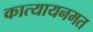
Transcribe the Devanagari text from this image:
कात्यायनमत